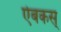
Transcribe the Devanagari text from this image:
ऐबकस्